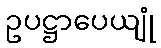
ဥပဋ္ဌာပေယျုံ